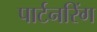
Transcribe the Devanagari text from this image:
पार्टनरिंग